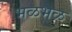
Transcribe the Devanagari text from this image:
भळभळ